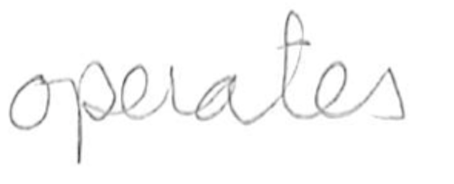
Text: operates
Cross-out: clean
Writing tool: pencil